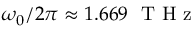
\omega _ { 0 } / 2 \pi \approx 1 . 6 6 9 ~ \mathrm { ~ T ~ H ~ z ~ }